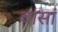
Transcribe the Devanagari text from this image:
चासां